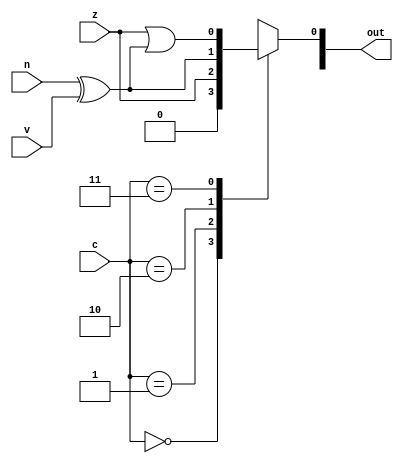
/*
   This file was generated automatically by the Mojo IDE version B1.3.4.
   Do not edit this file directly. Instead edit the original Lucid source.
   This is a temporary file and any changes made to it will be destroyed.
*/

module comp_6 (
    input z,
    input v,
    input n,
    input [1:0] c,
    output reg [7:0] out
  );
  
  
  
  always @* begin
    
    case (c[0+1-:2])
      1'h0: begin
        out[0+0-:1] = 1'h0;
      end
      1'h1: begin
        out[0+0-:1] = z;
      end
      2'h2: begin
        out[0+0-:1] = n ^ v;
      end
      2'h3: begin
        out[0+0-:1] = z | (n ^ v);
      end
      default: begin
        out[0+0-:1] = 1'h0;
      end
    endcase
  end
endmodule